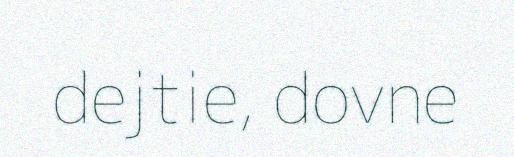
dejtie, dovne